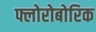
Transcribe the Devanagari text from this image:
फ्लोरोबोरिक